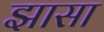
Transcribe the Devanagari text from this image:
झासा